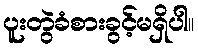
ပူးတွဲခံစားခွင့်မရှိပါ။